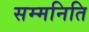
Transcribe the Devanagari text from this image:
सम्मनिति